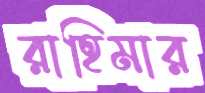
রাহিমার